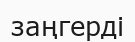
заңгерді